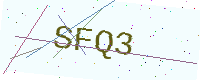
Text: SFQ3